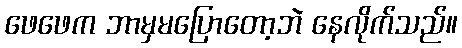
ဖေဖေက ဘာမှမပြောတော့ဘဲ နေလိုက်သည်။